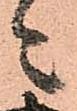
々